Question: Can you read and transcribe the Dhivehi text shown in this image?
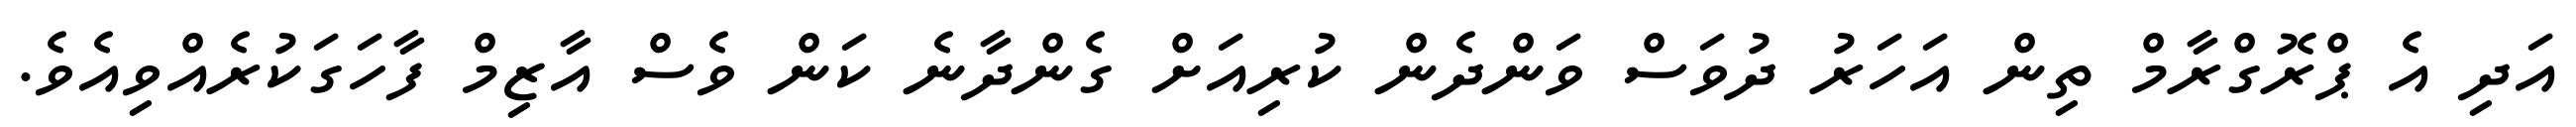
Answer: އަދި އެ ޕްރޮގްރާމް ތިން އަހަރު ދުވަސް ވަންދެން ކުރިއަށް ގެންދާނެ ކަން ވެސް އާޒިމް ފާހަގަކުރެއްވިއެވެ.